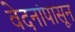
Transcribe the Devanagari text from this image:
वेदनांपासून